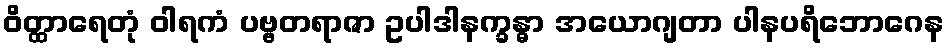
ဝိတ္ထာရေတုံ ဝါရကံ ပဗ္ဗတရာဇာ ဥပါဒါနက္ခန္ဓာ အယောဂျတာ ပါနပရိဘောဂေန